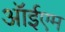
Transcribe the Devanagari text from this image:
ऑईएम